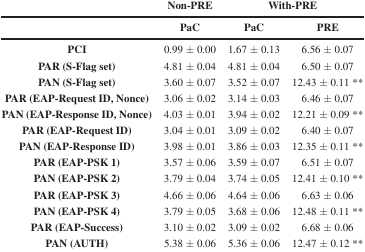
|  | Non-PRE | <COLSPAN=2> With-PRE |
 |  | PaC | PaC | PRE |
 | --- | --- | --- | --- |
 | PCI | 0.99 ± 0.00 | 1.67 ± 0.13 | 6.56 ± 0.07 |
 | PAR (S-Flag set) | 4.81 ± 0.04 | 4.81 ± 0.04 | 6.50 ± 0.07 |
 | PAN (S-Flag set) | 3.60 ± 0.07 | 3.52 ± 0.07 | 12.43 ± 0.11 ** |
 | PAR (EAP-Request ID, Nonce) | 3.06 ± 0.02 | 3.14 ± 0.03 | 6.46 ± 0,07 |
 | PAN (EAP-Response ID, Nonce) | 4.03 ± 0.01 | 3.94 ± 0.02 | 12.21 ± 0.09 ** |
 | PAR (EAP-Request ID) | 3.04 ± 0.01 | 3.09 ± 0.02 | 6.40 ± 0.07 |
 | PAN (EAP-Response ID) | 3.98 ± 0.01 | 3.86 ± 0.03 | 12.35 ± 0.11 ** |
 | PAR (EAP-PSK 1) | 3.57 ± 0.06 | 3.59 ± 0.07 | 6.51 ± 0.07 |
 | PAN (EAP-PSK 2) | 3.79 ± 0.04 | 3.74 ± 0.05 | 12.41 ± 0.10 ** |
 | PAR (EAP-PSK 3) | 4.66 ± 0.06 | 4.64 ± 0.06 | 6.63 ± 0.06 |
 | PAN (EAP-PSK 4) | 3.79 ± 0.05 | 3.68 ± 0.06 | 12.48 ± 0.11 ** |
 | PAR (EAP-Success) | 3.10 ± 0.02 | 3.09 ± 0.02 | 6.68 ± 0.06 |
 | PAN (AUTH) | 5.38 ± 0.06 | 5.36 ± 0.06 | 12.47 ± 0.12 ** |